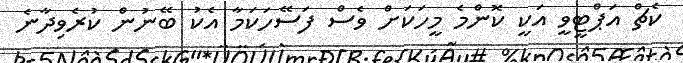
ކެޗް އަޕްޓީވީ އަކީ ކޮންމެ މީހަކަށް ވެސް ފަސޭހަކަމާ އެކު ބޭނުން ކުރެވިދާނެ